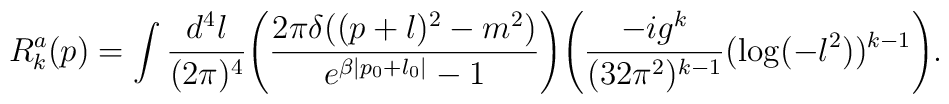
R_{k}^{a}(p) = \int\frac{d^{4}l}{(2\pi)^4} \Bigg(\frac{2\pi\delta((p+l)^2-m^2)}           {e^{\beta |p_0+l_0|}-1}\Bigg)\Bigg(\frac{-ig^k}{(32\pi^2)^{k-1}} (\log (-l^2))^{k-1}\Bigg).